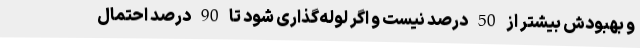
و بهبودش بیشتر از 50 درصد نیست و اگر لوله‌گذاری شود تا 90 درصد احتمال